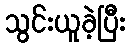
သွင်းယူခဲ့ပြီး